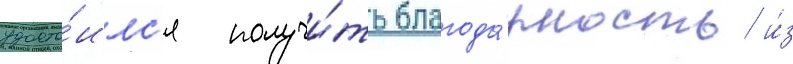
удосто́илс'я получи́ть благода́рность и́з